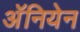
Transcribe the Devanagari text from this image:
अॅनियेन